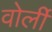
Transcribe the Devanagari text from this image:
वोर्ली